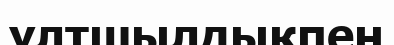
ұлтшылдықпен